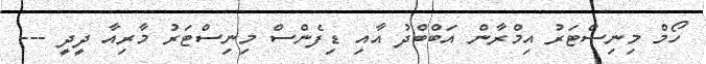
ހޯމް މިނިސްޓަރު އިމްރާން އަބްބްދު އާއި ޑިފެންސް މިނިސްޓަރު މާރިއާ ދީދީ ---